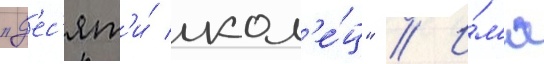
"д'ес'ят'и́ кол'е́ц" // И́м'я